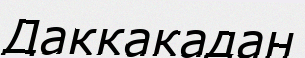
Даккакадан